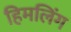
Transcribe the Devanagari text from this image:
हिमलिंग